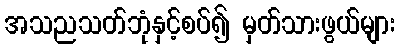
အသညသတ်ဘုံနှင့်စပ်၍ မှတ်သားဖွယ်များ